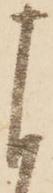
よ